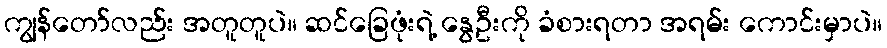
ကျွန်တော်လည်း အတူတူပဲ။ ဆင်ခြေဖုံးရဲ့ နွေဦးကို ခံစားရတာ အရမ်း ကောင်းမှာပဲ။